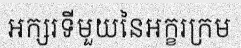
អក្សរទីមួយនៃអក្ខរក្រម